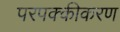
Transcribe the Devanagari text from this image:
परपक्कीकरण